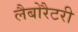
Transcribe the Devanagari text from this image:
लैबोरैटरी